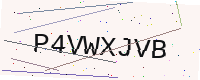
Text: P4VWXJVB